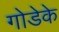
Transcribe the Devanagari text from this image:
गोडेके